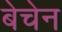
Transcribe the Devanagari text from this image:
बेचेन